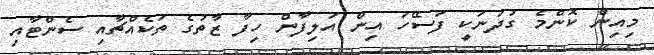
މިއިން ކޮންމެ ގުދަނަކީ ފަސޭހަ އިން އަލިފާން ހިފާ ޒާތުގެ ތަކެއްޗާއި ސެންޓާއި